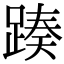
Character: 𨂡